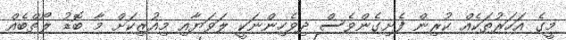
މީގެ އަހަރުތަކެއް ކުރިން ފެށިގެންވެސް ދިވެހިންނަކީ ލަވަޔާއި މިއުޒިކަށް މާ ބޮޑު ލޯތްބެއް